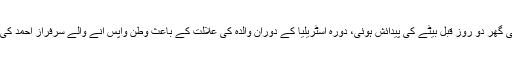
تفصیلات کے مطابق قومی ٹی ٹوئنٹی کرکٹ ٹیم کے کپتان سرفراز احمد کی گھر دو روز قبل بیٹے کی پیدائش ہوئی، دورہ آسٹریلیا کے دوران والدہ کی علالت کے باعث وطن واپس آنے والے سرفراز احمد کی اہلیہ کو دو روز قبل مقامی اسپتال لے جایا گیا جہاں بیٹے کی پیدائش ہوئی۔